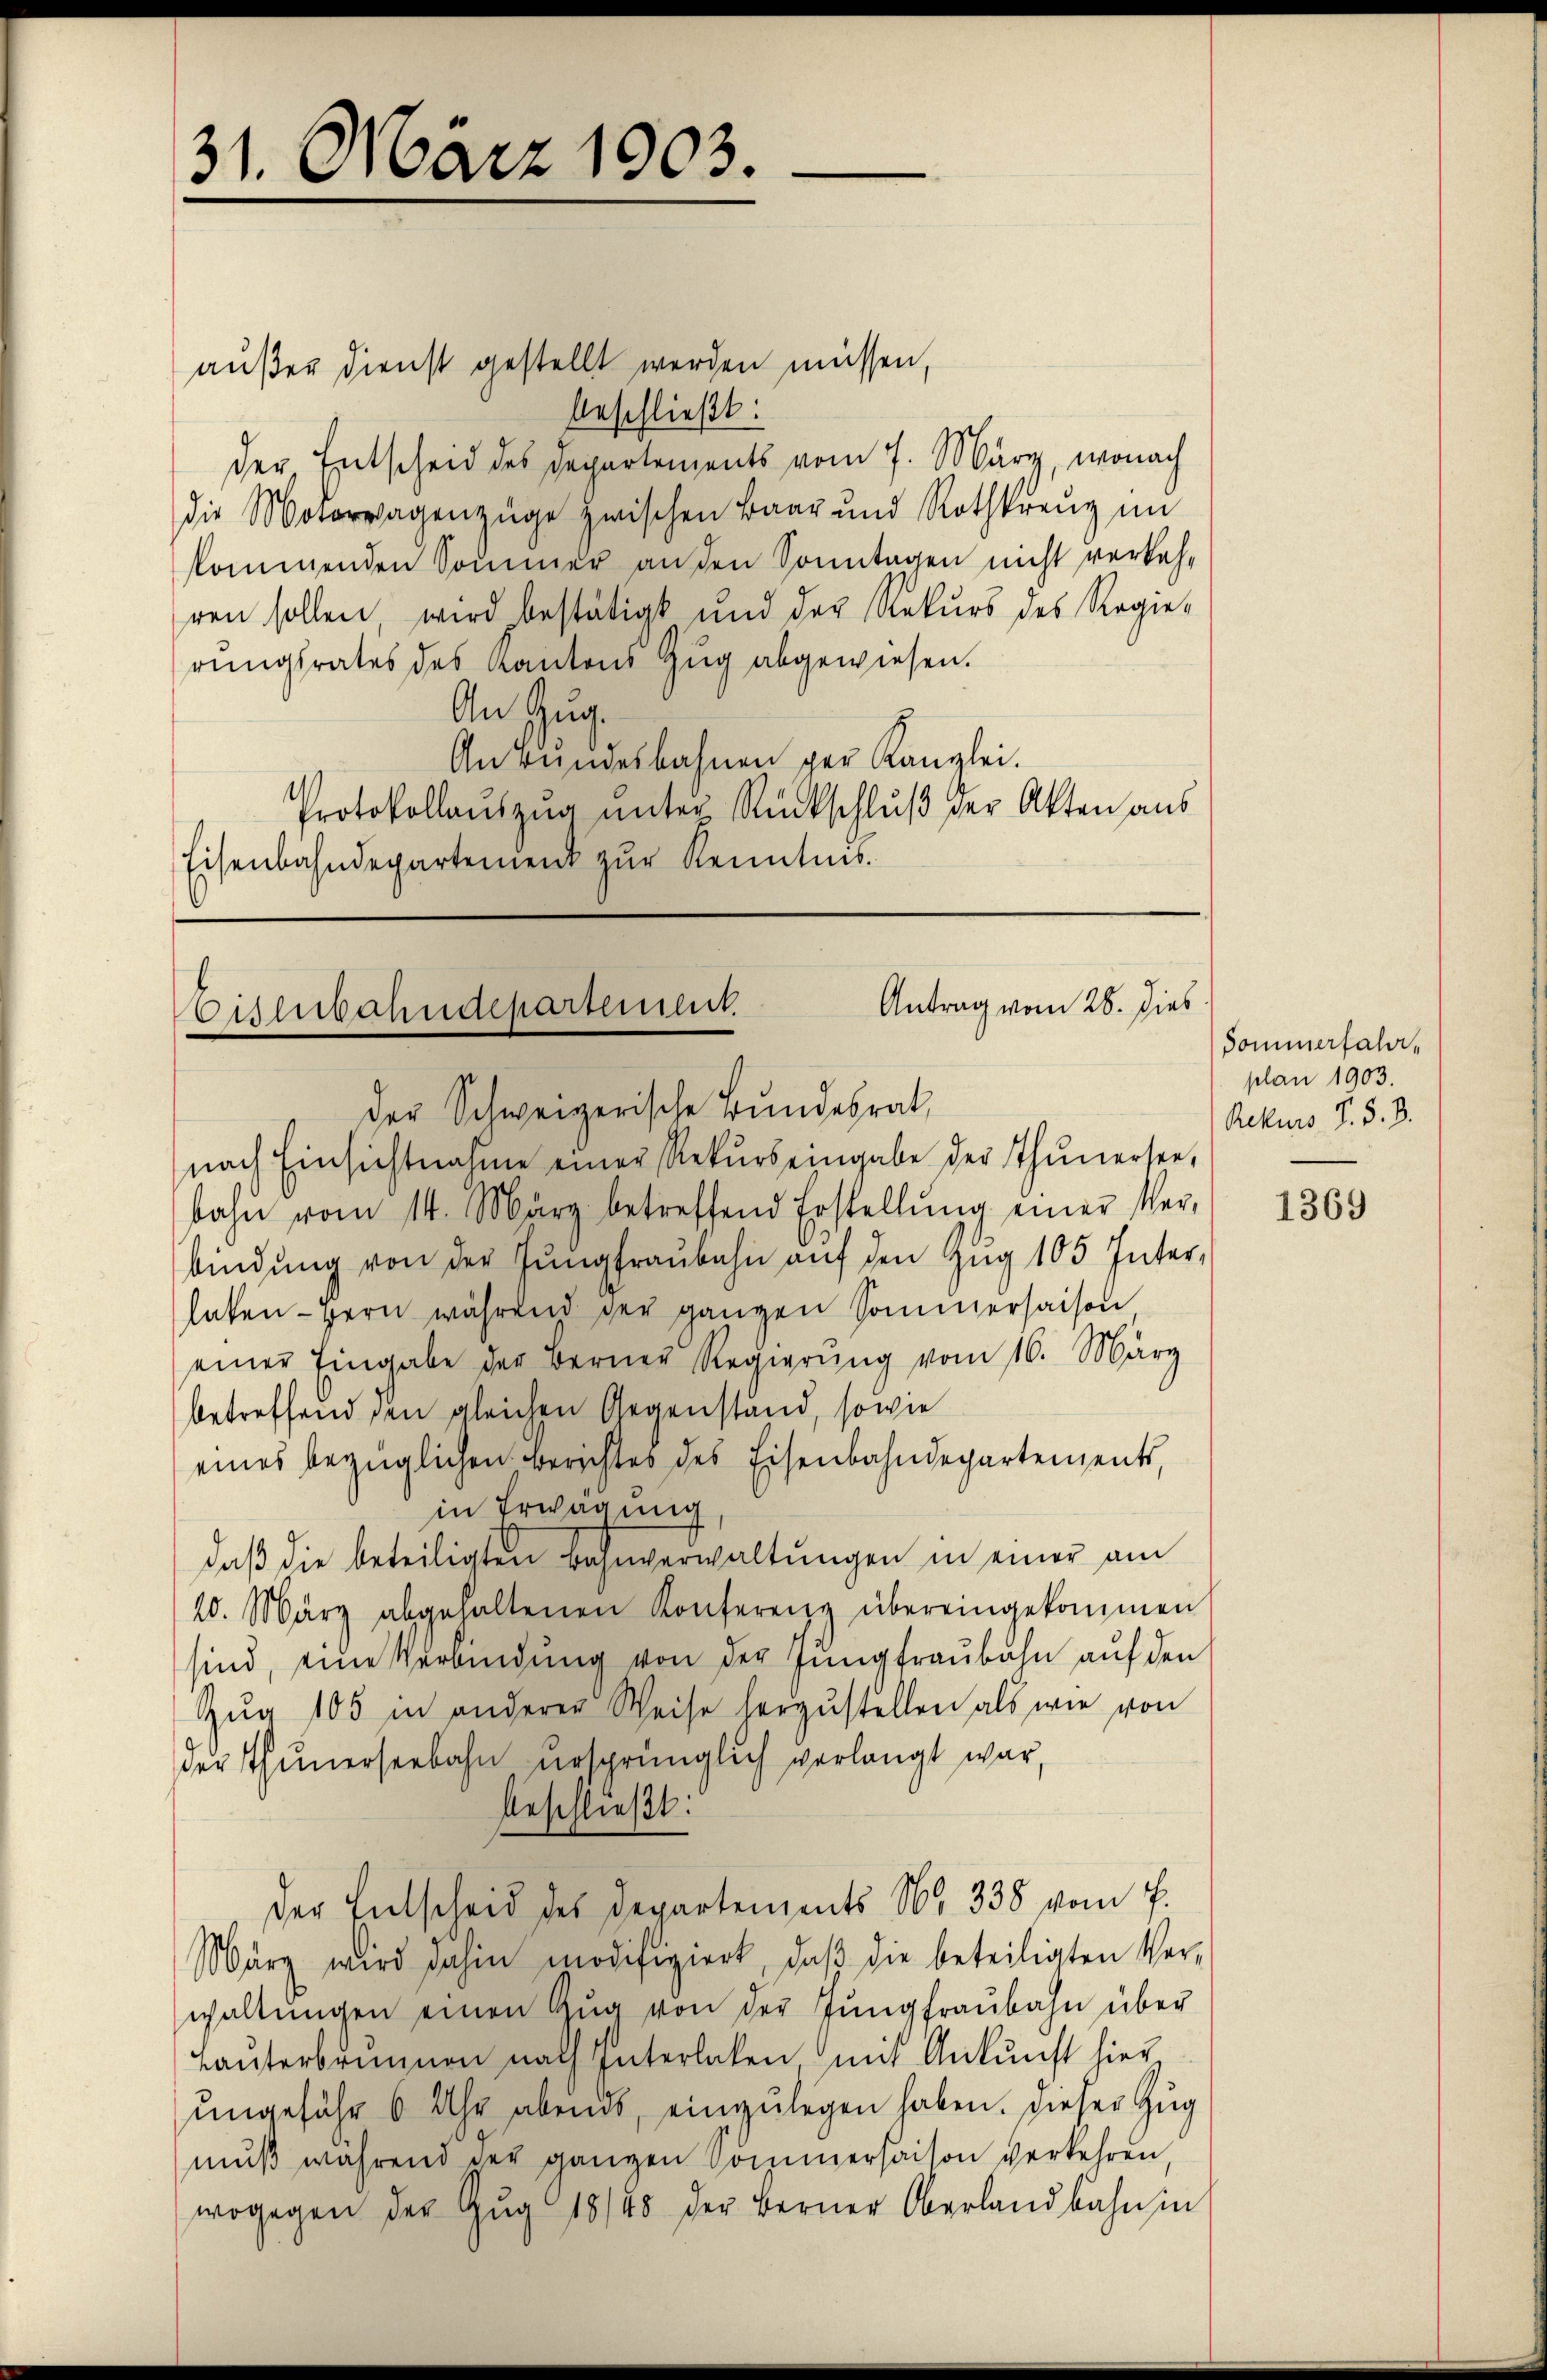
31. März 1903.

außer dienst gestellt werden müssen,
beschließt:
der, Entscheid des Departements vom 7. März, wonach
die Motorwagenzüge zwischen Baar und Rothkreuz im
kommenden Sommer an den Sonntagen nicht verkehren sollen, wird bestätigt und der Rekurs des Regie-
rungsrates des Kantons Zug abgewiesen.
An Zug.
An Bŭndesbahnen per Kanzlei.
Protokollaŭszŭg ŭnter Rückschlŭβ der Akten aus
Eisenbahndepartement zur Kenntnis.

Antrag vom 28. Dies
Bisserbahndepartement.
der Schweizerische Bundesrat,

nach Einsichtnahme einer Rekŭrs eingabe der Thunersee,
bahn vom 14. März betreffend Erstellŭng einer Ver-
bindung von der Jungfraubahn auf den Zug 105 Interlaten Bern während der ganzen Sommersaison
einer Eingabe der Berner Regierŭng vom 16. März
betreffend den gleichen Gegenstand, sowie
eines bezüglichen Berichtes des Eisenbahndepartements,
in Erwägung
daβ die beteiligten Bahnverwaltungen in einer am
20. März abgehaltenen Konferenz übereingekommen
sind, eine Verbindung von der Jungfraŭbahn auf den
Zŭg 105 in anderer Weise herzŭstellen als wie von
der Thunerseebahn ursprünglich verlangt war,
beschließt:
der Entscheid des Departements Nr. 338 vom 7.
März wird dahin modifiziert, daβ die beteiligten Ver-
waltŭngen einen Zŭg von der Jungfraŭbahn über
Lauterbrunnen nach Interlaken mit Ankunft hier
ungefähr 6 Uhr abends, einzulegen haben. Dieser Zug
mŭβ während der ganzen Sommersaison verkehren,
wogegen der Zŭg 1848 der Berner Oberland bahn in

Sommerfahr,
plan 1903.
Rekurs d. d. 3.

1369